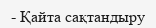
- Қайта сақтандыру